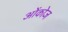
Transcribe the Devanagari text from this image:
ओंकोज